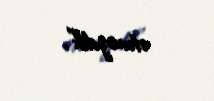
etməzdik”.